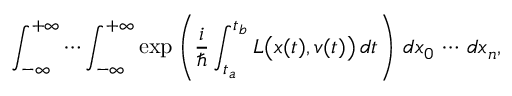
\int _ { - \infty } ^ { + \infty } \cdots \int _ { - \infty } ^ { + \infty } \exp \left( { \frac { i } { \hbar } } \int _ { t _ { a } } ^ { t _ { b } } L { \big ( } x ( t ) , v ( t ) { \big ) } \, d t \right) \, d x _ { 0 } \, \cdots \, d x _ { n } ,